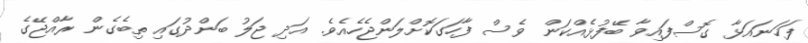
ފަހަނައަޅާ ގޮސްފައިވާ ބޭފުޅެއްކަން ވެސް ފާހަގަކޮށްލަންޖެހެއެވެ. އަދި ޖަލު ބަންދުގައި ތިބެގެން ރާއްޖޭގެ